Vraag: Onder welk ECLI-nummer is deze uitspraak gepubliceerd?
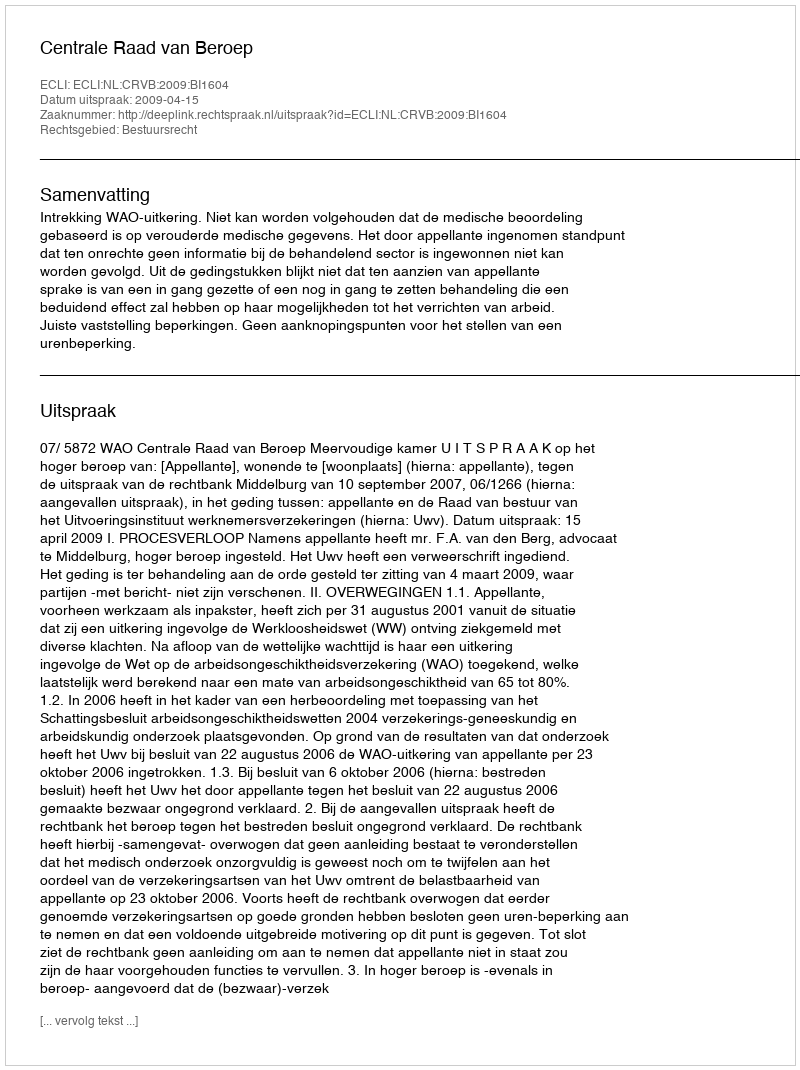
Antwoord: ECLI:NL:CRVB:2009:BI1604